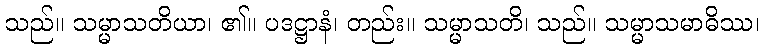
သည်။ သမ္မာသတိယာ၊ ၏။ ပဒဋ္ဌာနံ၊ တည်း။ သမ္မာသတိ၊ သည်။ သမ္မာသမာဓိဿ၊